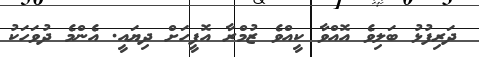
ދަރިފުޅު ބަލިވެ އޮއްވާ ކީއްވެ ޒުމްރާ އޮފީހަށް ދިޔައީ. އެންމެ ދުވަހަކު